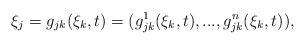
LaTeX: \begin{align*}\xi_j=g_{jk}(\xi_k,t)=(g_{jk}^1(\xi_k,t),...,g_{jk}^n(\xi_k,t)),\end{align*}